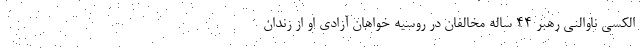
الکسی ناوالنی رهبر 44 ساله مخالفان در روسیه خواهان آزادی او از زندان